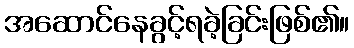
အဆောင်နေခွင့်ရခဲ့ခြင်းဖြစ်၏။